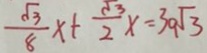
\frac { \sqrt { 3 } } { 8 } x + \frac { \sqrt { 3 } } { 2 } x = 3 0 \sqrt { 3 }